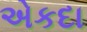
એકદા